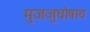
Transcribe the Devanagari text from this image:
मुजजुघोषाय